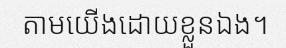
តាមយើងដោយខ្លួនឯង។